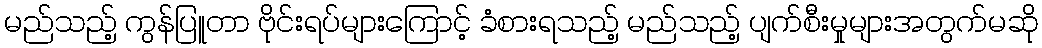
မည်သည့် ကွန်ပြူတာ ဗိုင်းရပ်များကြောင့် ခံစားရသည့် မည်သည့် ပျက်စီးမှုများအတွက်မဆို